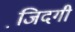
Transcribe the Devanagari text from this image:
जि़दगी